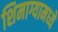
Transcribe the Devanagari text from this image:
शिमाग्यामध्ये